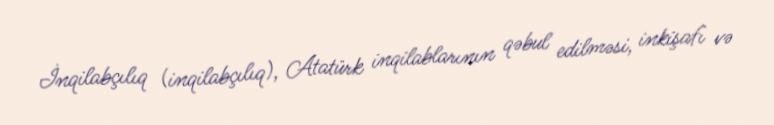
İnqilabçılıq (inqilabçılıq), Atatürk inqilablarının qəbul edilməsi, inkişafı və